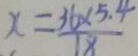
x = \frac { 3 6 \times 5 . 4 } { 1 8 }